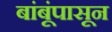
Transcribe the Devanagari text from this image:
बांबूंपासून